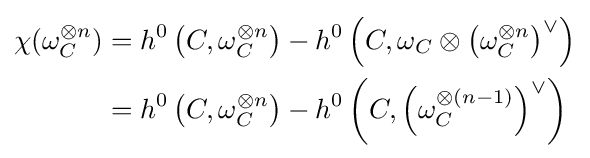
{\begin{aligned}\chi (\omega _{C}^{\otimes n})&=h^{0}\left(C,\omega _{C}^{\otimes n}\right)-h^{0}\left(C,\omega _{C}\otimes \left(\omega _{C}^{\otimes n}\right)^{\vee }\right)\\&=h^{0}\left(C,\omega _{C}^{\otimes n}\right)-h^{0}\left(C,\left(\omega _{C}^{\otimes (n-1)}\right)^{\vee }\right)\end{aligned}}